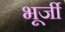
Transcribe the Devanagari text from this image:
भूर्जी